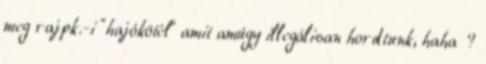
meg rajpk.-i "hajókötél" amit amúgy illegálisan hordtunk, haha ?